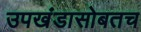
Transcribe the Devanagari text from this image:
उपखंडासोबतच